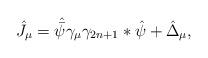
LaTeX: \begin{align*}\hat J_\mu= \hat {\bar \psi }\gamma_\mu\gamma_{2n+1}*\hat\psi+ \hat\Delta _\mu , \end{align*}